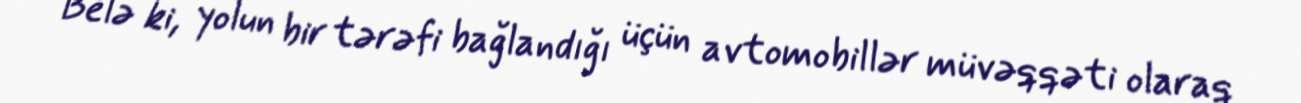
Belə ki, yolun bir tərəfi bağlandığı üçün avtomobillər müvəqqəti olaraq